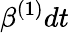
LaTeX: \beta^{(1)}dt